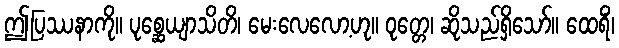
ဤပြဿနာကို။ ပုစ္ဆေယျာသိတိ၊ မေးလေလော့ဟု။ ဝုတ္တေ၊ ဆိုသည်ရှိသော်။ ထေရိံ၊